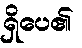
ရှိပေ၏